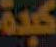
كبدة